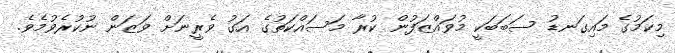
މިކަމުގެ މައިގަނޑު ސަބަބަކީ މުވައްޒަފުން ކުރާ މަސައްކަތުގެ އަގު ވެރީނަށް ވަޒަން ނުކުރެވުމެވެ.